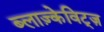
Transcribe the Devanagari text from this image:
ब्लाज़्केविट्ज़